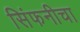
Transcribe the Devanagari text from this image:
सिंफनीचा